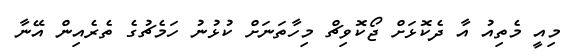
މިއީ މެތިއު އާ ދެކޮޅަށް ޖޯކޮވިޗް މިހާތަނަށް ކުޅުނު ހަމެޗުގެ ތެރެއިން އޭނާ